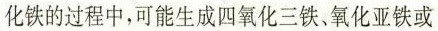
化铁的过程中，可能生成四氧化三铁、氧化亚铁或